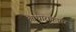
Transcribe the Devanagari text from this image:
आधारांकावर